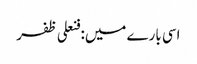
اسی بارے میں: فنعلی ظفر